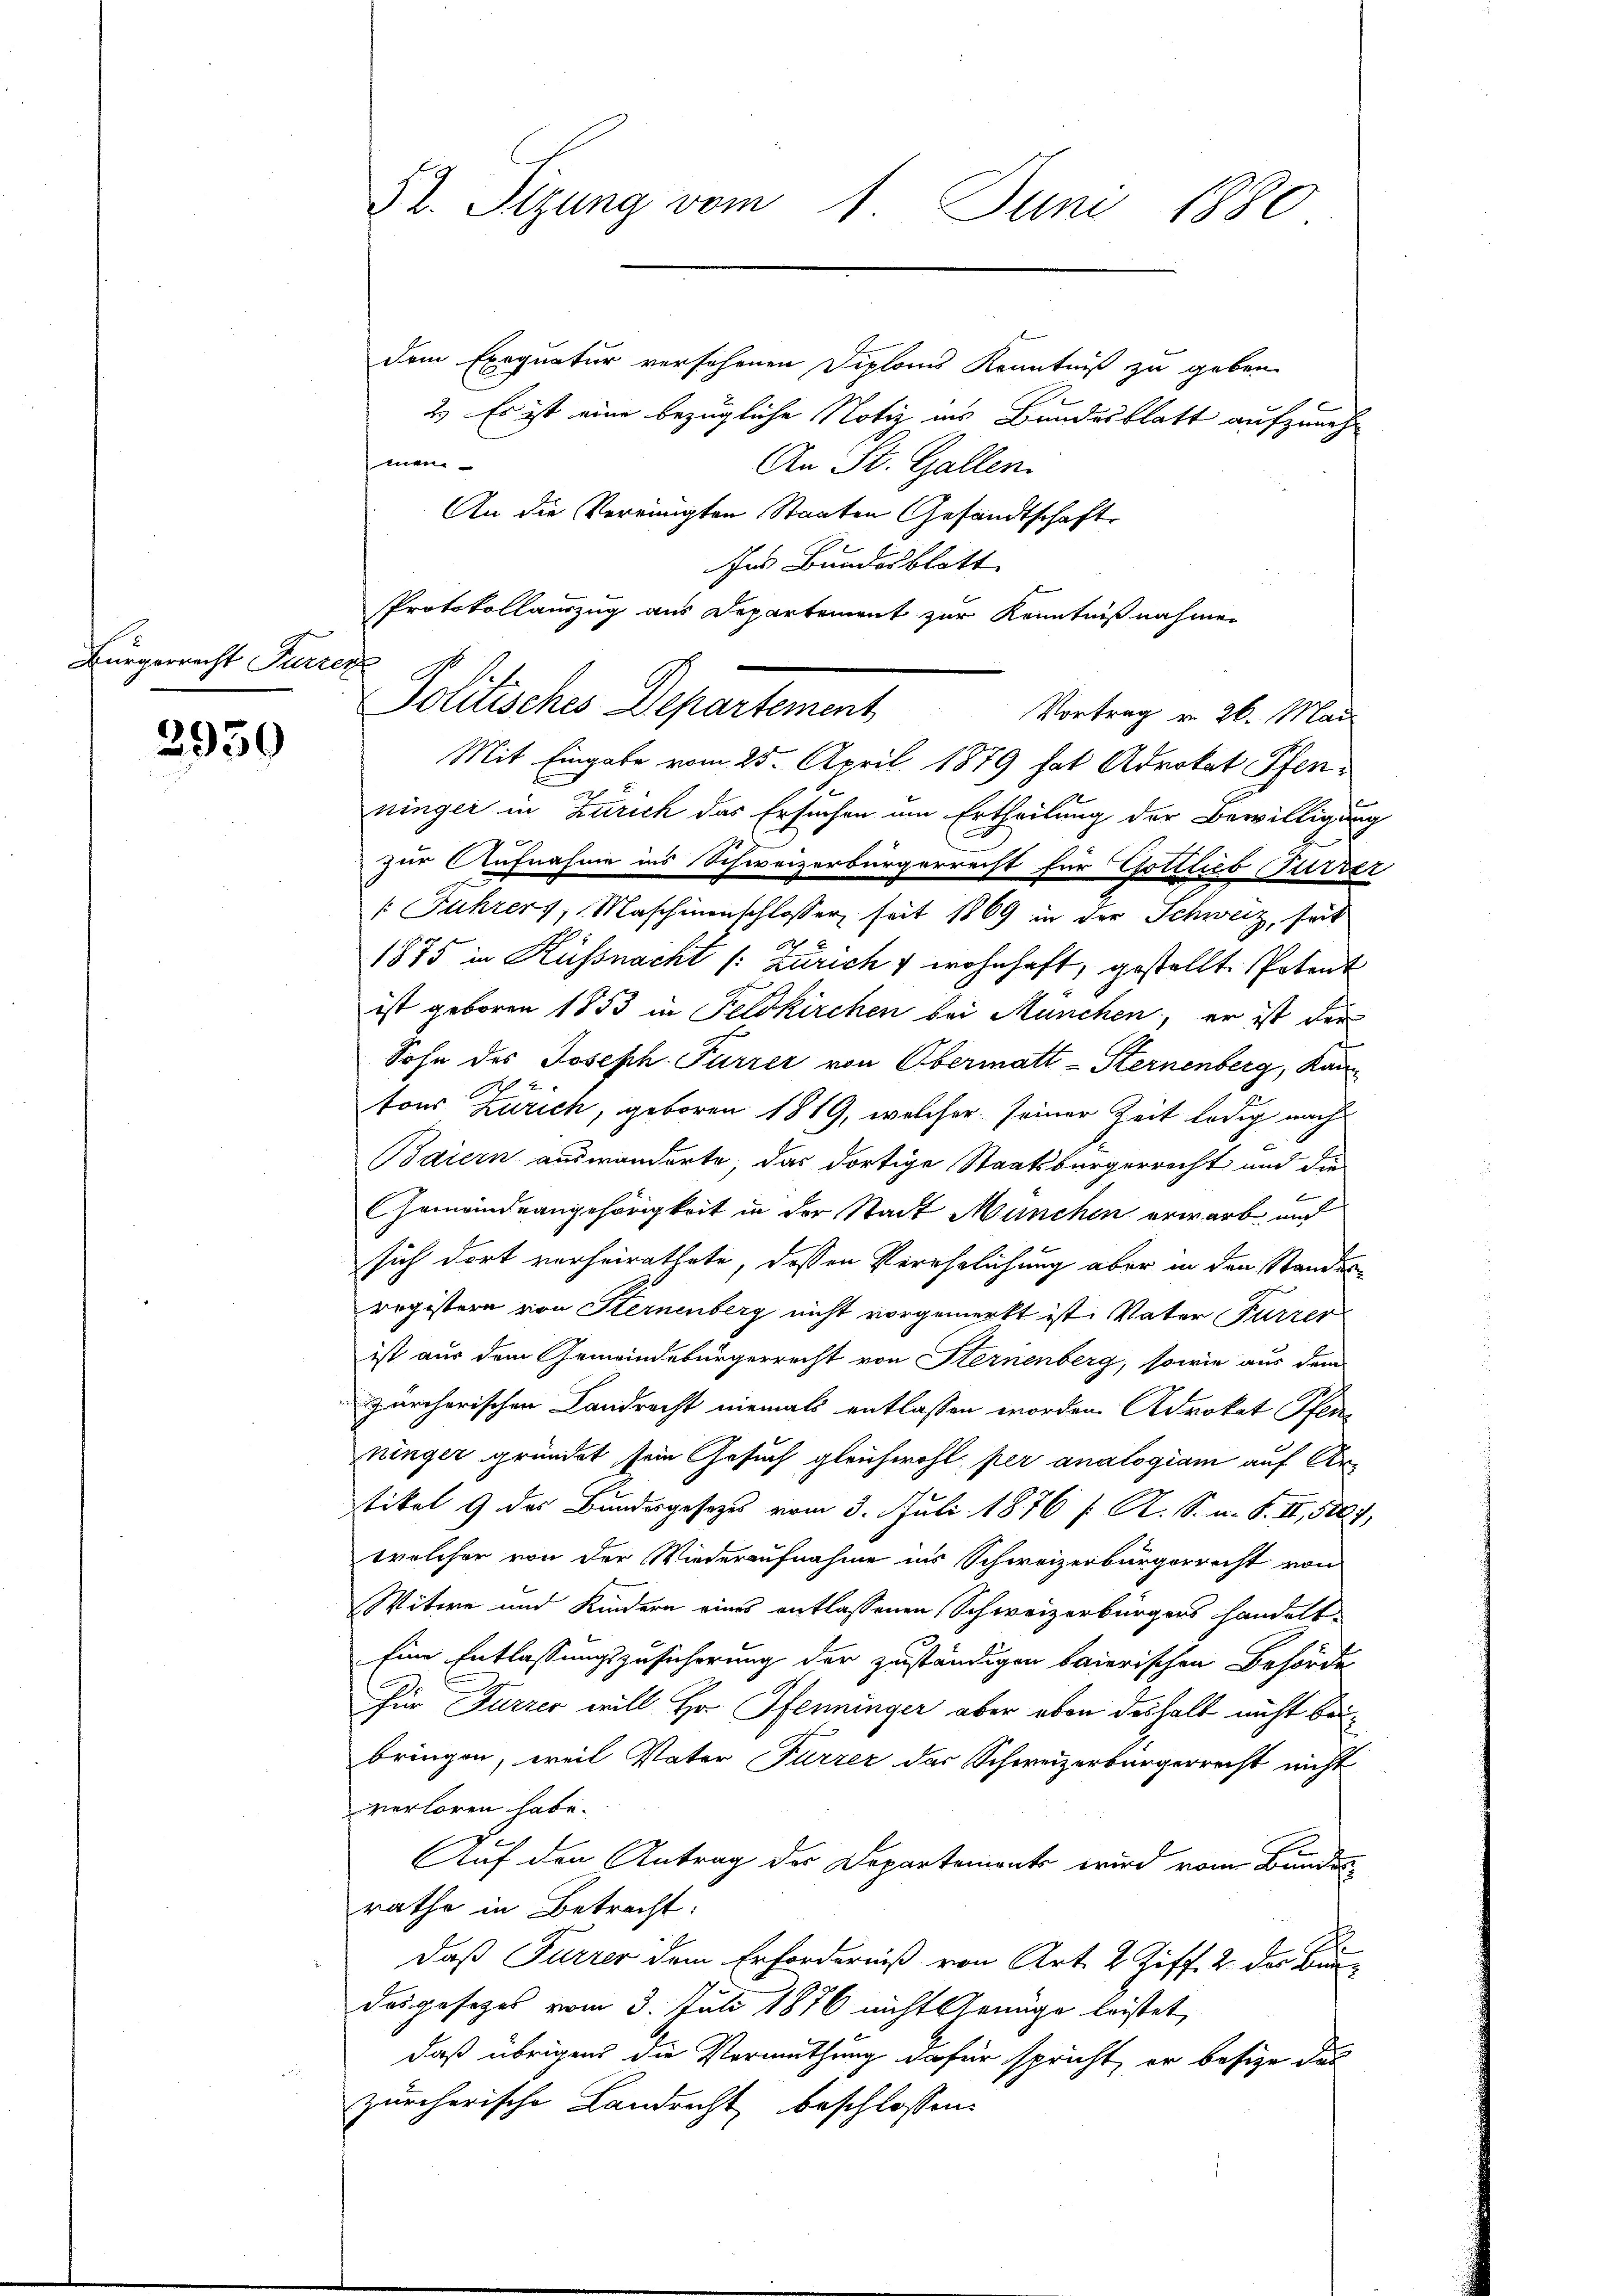
Bürgerrecht Paren

2950

dem Exequatur versehenen Diploms Kenntniß zu geben.
2.) Es ist eine bezügliche Notiz ins Bundesblatt aufzunehmein-
An St. Gallen.
An die Vereinigten Staaten Gesandtschaft
Ins Bundesblatt
Mit Eingabe vom 25. April 1879 hat Advokat Pfens
ninger in Zürich das Ersuchen um Ertheilung der Bewilligung
zur Aufnahme ins Schweizerbürgerrecht für Gottlieb (Turber
[Fuhrers, Maschinenschlosser seit 1869 in der Schweiz, seit
1875 in Küssnacht /: Zürich wohnhaft, gestellt. Potent
ist geboren 1853 in Feldkirchen bei München, er ist der
d
Sohn des Joseph Furrer von Obermatt-Sternenberg, Kantons Zürich, geboren 1819, welcher seiner Zeit ledig nach¬
Baiern auswanderte das dortige Staatsbürgerrecht und die
Gemeindeangehörigkeit in der Stadt München erwarb, und
sich dort verheirathete, dessen Verehelichung aber in den Standes-
registern von Sternenberg nicht vorgemerkt ist. Vater Furrer
ist aus dem Gemeindebürgerrecht von Sternenberg, sowie aus dem
zürcherischen Landrecht niemals entlassen worden Adrokat Pfenwinger gründet sein Gesuch gleichwohl per analogiam auf Urtikel 9 des Bundesgesetzes vom 3. Juli 1876 [ R. S. u. S. II, 507,
welcher von der Wiederaufnahme ins Schweizerbürgerrecht von
Witwe und Kindern eines entlassenen Schweizerbürgers handelt.
Eine Entlassungszusicherung der zuständigen baierischen Behörde
Für Furrer will Hr. Pfenninger aber eben deshalb nicht beibringen, weil Vater Furrer der Schweizerbürgerrecht nicht
verloren habe.
Auf den Antrag der Departements wird vom Bundes-
rathe in Betracht:
daß Furrer dem Erforderniß von Art. 2 Ziff. 2. der Bundesgesezes vom 3. Juli 1876 nicht Genüge leistet,
daß übrigens die Vermuthung dafür spricht, er besize das
zürcherische Landrecht, beschlossen:

S2. Sizung vom 1 Juni 1880

Protokollauszug aus Departement zur Kenntnißnahmen
Politisches Departement

Vortrag v. 26. Mai